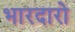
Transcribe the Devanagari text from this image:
भारदारो